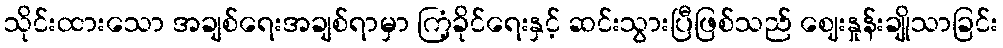
သိုင်းထားသော အချစ်ရေးအချစ်ရာမှာ ကြံ့ခိုင်ရေးနှင့် ဆင်းသွားပြီဖြစ်သည် ဈေးနှုန်းချိုသာခြင်း